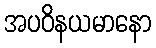
အပဝိနယမာနော